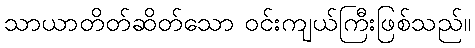
သာယာတိတ်ဆိတ်သော ဝင်းကျယ်ကြီးဖြစ်သည်။